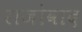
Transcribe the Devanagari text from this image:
राजोवाद